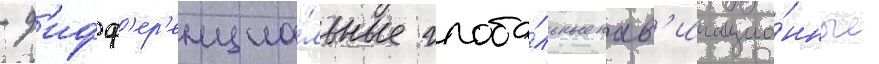
- д'ифф'ер'енциа́льные глоба́льные нав'игацио́нные